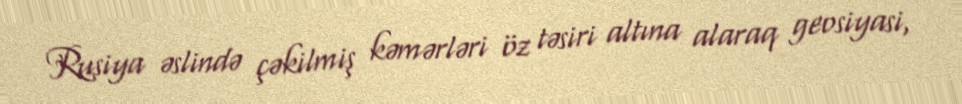
Rusiya əslində çəkilmiş kəmərləri öz təsiri altına alaraq geosiyasi,